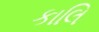
કાલિ